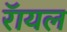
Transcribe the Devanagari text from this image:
रॅायल